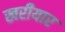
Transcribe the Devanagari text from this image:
खरीयार